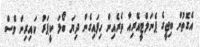
އެގޮތުން ބިޖީގެ ޕެނަލްޓީއޭރިއާ ތެރެއިން ހިފައިގެން ދިޔަ ބޯޅަ ކީޕަރު ކައިރިން ވެސް